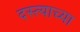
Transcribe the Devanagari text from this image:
दस्त्याच्या